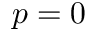
p = 0